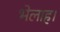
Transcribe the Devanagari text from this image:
भेलाह।